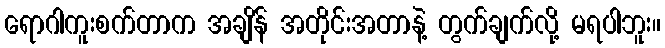
ရောဂါကူးစက်တာက အချိန် အတိုင်းအတာနဲ့ တွက်ချက်လို့ မရပါဘူး။